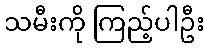
သမီးကို ကြည့်ပါဦး